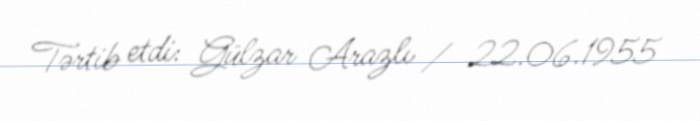
Tərtib etdi: Gülzar Arazlı / 22.06.1955